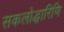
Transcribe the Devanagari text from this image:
सकलोद्धारिणि